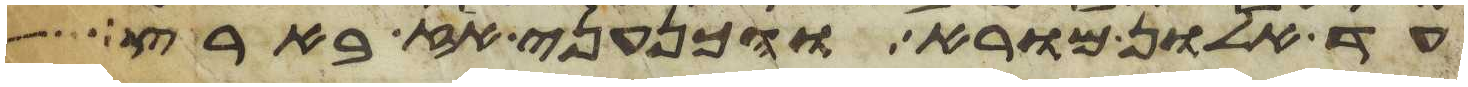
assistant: עד אלון מורא והכנעני אז בארץ